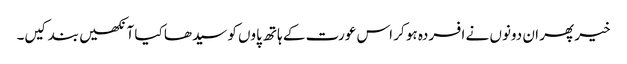
خیر پھر ان دونوں نے افسردہ ہو کر اس عورت کے ہاتھ پاوں کو سیدھا کیا آنکھیں بند کیں۔